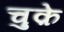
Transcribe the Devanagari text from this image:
चुक़े